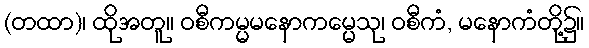
(တထာ)၊ ထိုအတူ။ ဝစီကမ္မမနောကမ္မေသု၊ ဝစီကံ, မနောကံတို့၌။